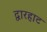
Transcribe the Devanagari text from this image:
द्वारहाट